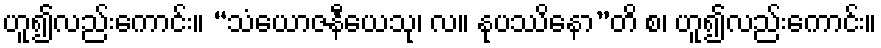
ဟူ၍လည်းကောင်း။ “သံယောဇနီယေသု၊ လ။ နုပဿိနော”တိ စ၊ ဟူ၍လည်းကောင်း။